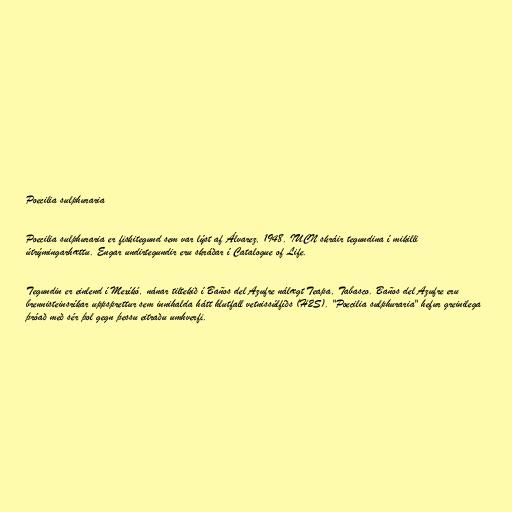
Poecilia sulphuraria

Poecilia sulphuraria er fiskitegund sem var lýst af Álvarez, 1948. IUCN skráir tegundina í mikilli
útrýmingarhættu. Engar undirtegundir eru skráðar í Catalogue of Life.

Tegundin er einlend í Mexíkó, nánar tiltekið í Baños del Azufre nálægt Teapa, Tabasco. Baños del Azufre eru
brennisteinsríkar uppsprettur sem innihalda hátt hlutfall vetnissúlfíðs (H2S). "Poecilia sulphuraria" hefur greinilega
þróað með sér þol gegn þessu eitraðu umhverfi.